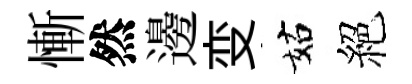
慚然邊变姑絕